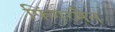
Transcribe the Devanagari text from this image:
फिंगरमैन